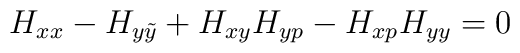
H_{xx} - H_{y \tilde y} + H_{xy} H_{yp} - H_{xp} H_{yy} = 0